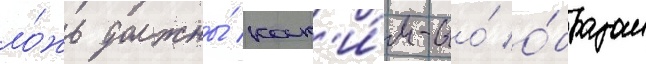
ло́жь должны́ как'и́м-то́ о́бразом